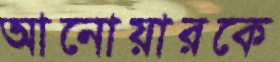
আনোয়ারকে